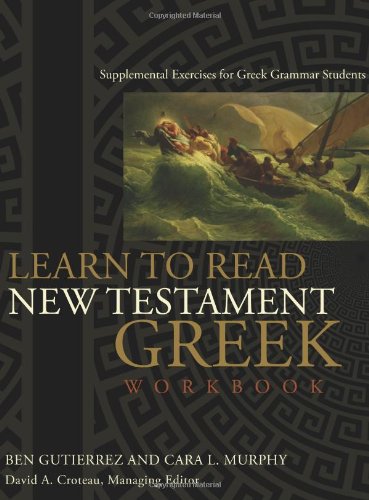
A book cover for Learn to Read New Testament Greek, Workbook: Supplemental Exercises for Greek Grammar Students; Ben GutiÃ©rrez; Christian Books & Bibles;